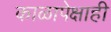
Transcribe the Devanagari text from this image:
काळापेक्षाही